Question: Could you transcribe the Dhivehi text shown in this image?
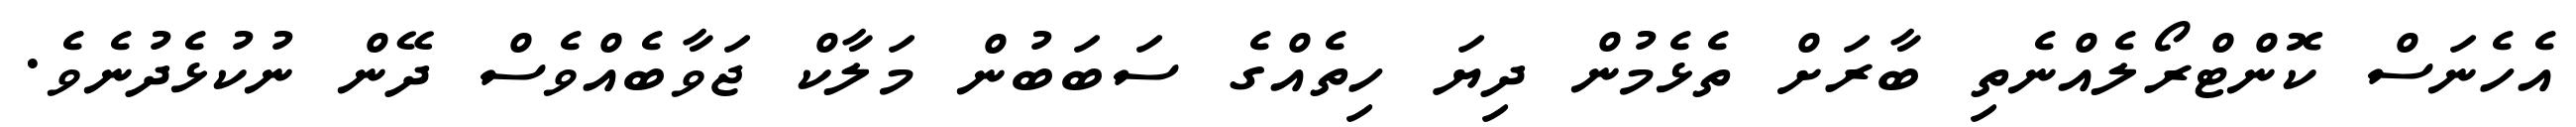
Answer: އެހެނަސް ކޮންޓްރޯލެއްނެތި ބާރަށް ތެޅެމުން ދިޔަ ހިތެއްގެ ސަބަބުން މަލާކް ޖަވާބެއްވެސް ދޭން ނުކުޅެދުނެވެ.